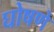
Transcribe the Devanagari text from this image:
घोषणे